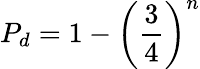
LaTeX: P_{d}=1-\left({\frac{3}{4}}\right)^{n}